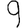
Digit: 9